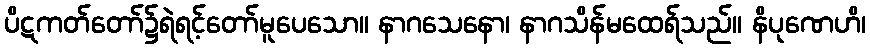
ပိဋကတ်တော်၌ရဲရင့်တော်မူပေသော။ နာဂသေနော၊ နာဂသိန်မထေရ်သည်။ နိပုဏေဟိ၊